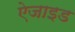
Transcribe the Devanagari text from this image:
ऐजाइड